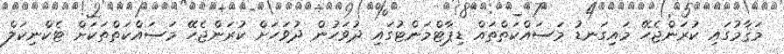
މަޤާމުގައި ކުރަންޖެހޭ މައިގަނޑު މަސައްކަތްތައް ޑިޕާޓްމަންޓުގައި ދުވަހުން ދުވަހަށް ކުރަންޖެހޭ މަސައްކަތްތަކަށް ޓެކްނިކަލް